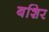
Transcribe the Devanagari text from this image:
बशिर